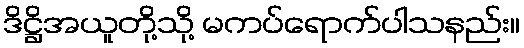
ဒိဋ္ဌိအယူတို့သို့ မကပ်ရောက်ပါသနည်း။